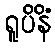
ရူပိနိံ